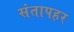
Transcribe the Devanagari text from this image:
संतापहर